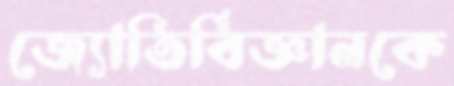
জ্যোতির্বিজ্ঞানকে